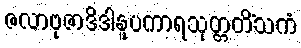
ဇလာဗုဇာဒိဒါနူပကာရသုတ္တတိံသကံ